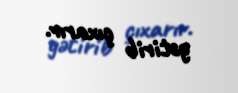
gətirib çıxarır.